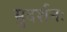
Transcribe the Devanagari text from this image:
सुदर्शनः